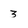
Character: 3